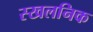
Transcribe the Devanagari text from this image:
स्खलनिक